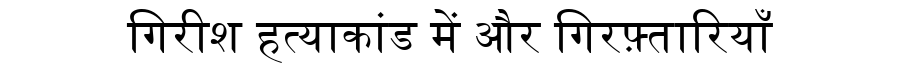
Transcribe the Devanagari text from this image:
गिरीश हत्याकांड में और गिरफ़्तारियाँ